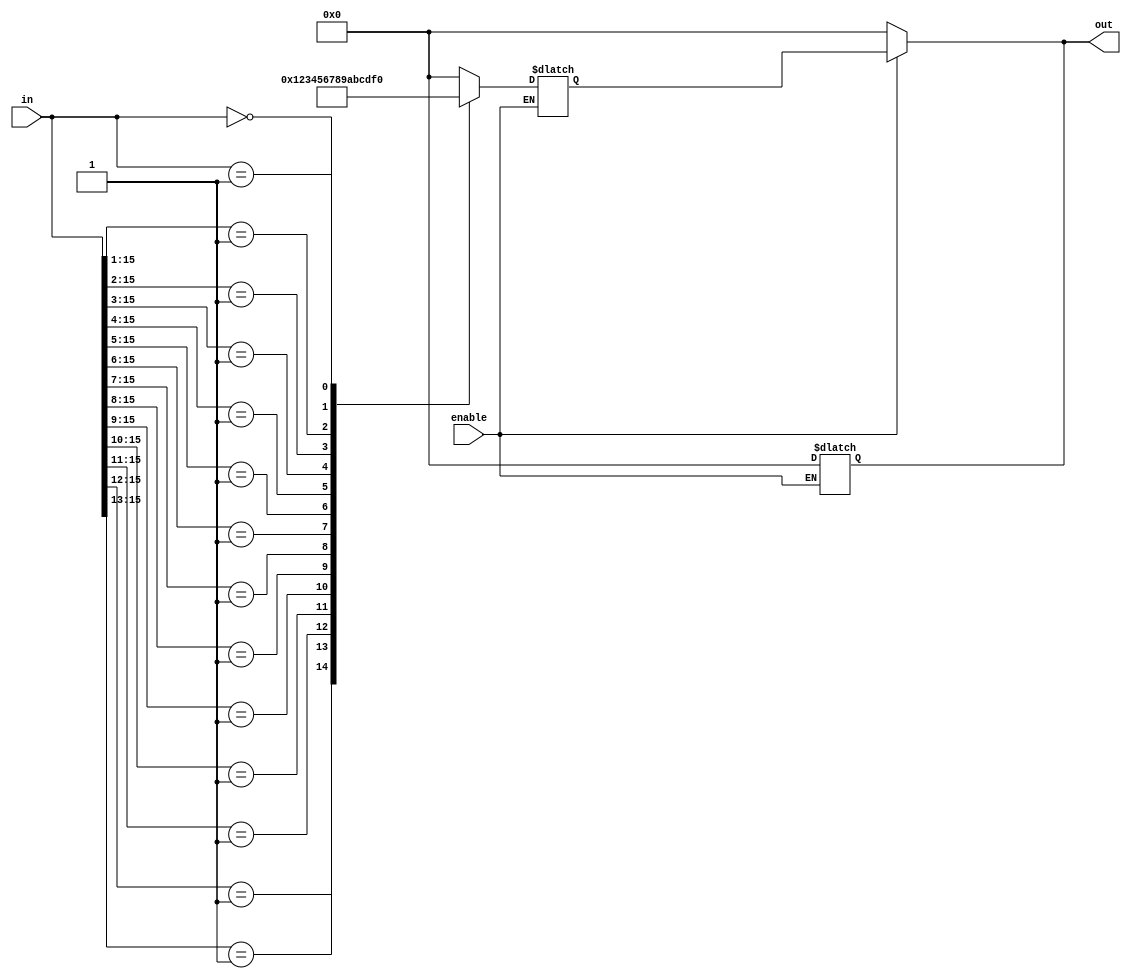
module multilevel_encoder (
    input wire [15:0] in,      // 16 input lines
    input wire enable,          // Enable signal
    output reg [3:0] out       // 4 output lines (log2(16) = 4)
);

    // Intermediate outputs for the first level
    wire [3:0] level1_out;

    // First level encoding (grouping inputs)
    always @(*) begin
        if (!enable) begin
            out = 4'b0000; // If not enabled, output is 0
        end else begin
            // Level 1: Group inputs and encode
            casez (in)
                16'b1???????_??????? : level1_out = 4'b0000; // Input 0 active
                16'b01??????_??????? : level1_out = 4'b0001; // Input 1 active
                16'b001?????_??????? : level1_out = 4'b0010; // Input 2 active
                16'b0001????_??????? : level1_out = 4'b0011; // Input 3 active
                16'b00001???_???????: level1_out = 4'b0100; // Input 4 active
                16'b000001??_???????: level1_out = 4'b0101; // Input 5 active
                16'b0000001?_??????? : level1_out = 4'b0110; // Input 6 active
                16'b00000001_??????? : level1_out = 4'b0111; // Input 7 active
                16'b00000000_1?????? : level1_out = 4'b1000; // Input 8 active
                16'b00000000_01????? : level1_out = 4'b1001; // Input 9 active
                16'b00000000_001???? : level1_out = 4'b1010; // Input 10 active
                16'b00000000_0001??? : level1_out = 4'b1011; // Input 11 active
                16'b00000000_00001?? : level1_out = 4'b1100; // Input 12 active
                16'b00000000_000001? : level1_out = 4'b1101; // Input 13 active
                16'b00000000_0000001 : level1_out = 4'b1110; // Input 14 active
                16'b00000000_0000000 : level1_out = 4'b1111; // Input 15 active
                default: level1_out = 4'b0000; // Default case
            endcase
        end
    end

    // Final output based on level 1 output
    always @(*) begin
        if (enable) begin
            out = level1_out; // Pass level 1 output to final output
        end else begin
            out = 4'b0000; // If not enabled, output is 0
        end
    end

endmodule